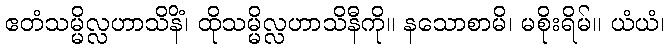
ဧတံသမ္မိလ္လဟာသိနိံ၊ ထိုသမ္မိလ္လဟာသိနီကို။ နသောစာမိ၊ မစိုးရိမ်။ ယံယံ၊